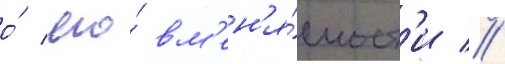
о́ его́ вм'ен'я́емост'и //